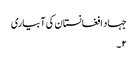
جہاد افغانستان کی آبیاری
۲۔